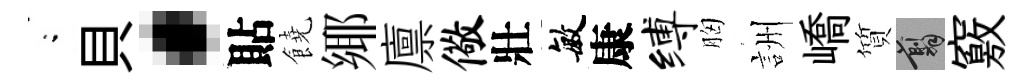
閤貝·貼饒鄊廪儆壯敏康缚胸詶嶠質翦竅